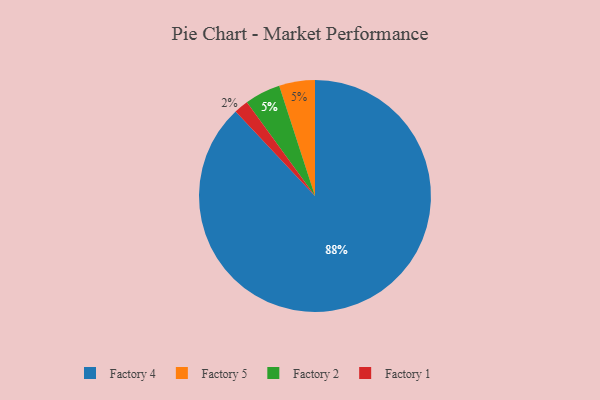
{"axis": {"x": "Category", "y": "Percentage"}, "legend": ["Factory 1", "Factory 2", "Factory 4", "Factory 5"], "data": [{"x": "Factory 4", "y": 88, "type": "Factory 4"}, {"x": "Factory 5", "y": 5, "type": "Factory 5"}, {"x": "Factory 1", "y": 2, "type": "Factory 1"}, {"x": "Factory 2", "y": 5, "type": "Factory 2"}]}